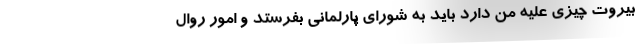
بیروت چیزی علیه من دارد باید به شورای پارلمانی بفرستد و امور روال